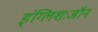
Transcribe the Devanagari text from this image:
इंग्लिशःजॉन